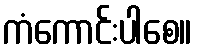
ကံကောင်းပါစေ။